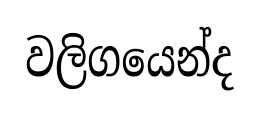
වලිගයෙන්ද